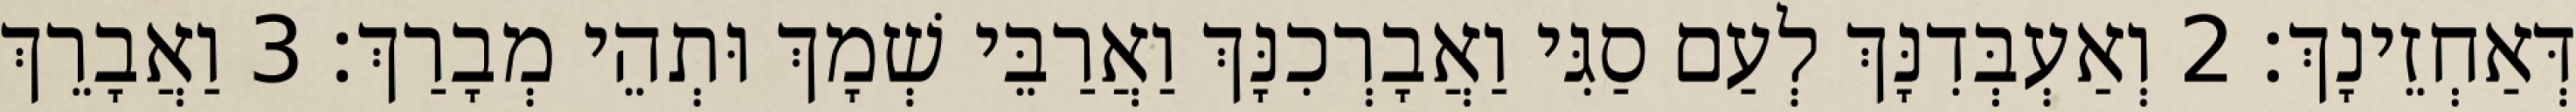
דְּאַחְזֵינָךְ׃ 2 וְאַעְבְּדִנָּךְ לְעַם סַגִּי וַאֲבָרְכִנָּךְ וַאֲרַבֵּי שְׁמָךְ וּתְהֵי מְבָרַךְ׃ 3 וַאֲבָרֵךְ